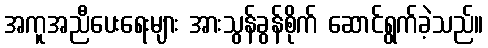
အကူအညီပေးရေးများ အားသွန်ခွန်စိုက် ဆောင်ရွက်ခဲ့သည်။